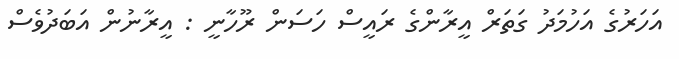
އަހަރުގެ އަހުމަދު ގަތަރް އީރާންގެ ރައީސް ހަސަން ރޫހާނީ : އީރާނުން އަބަދުވެސް